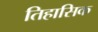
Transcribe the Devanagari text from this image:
तिहासिक